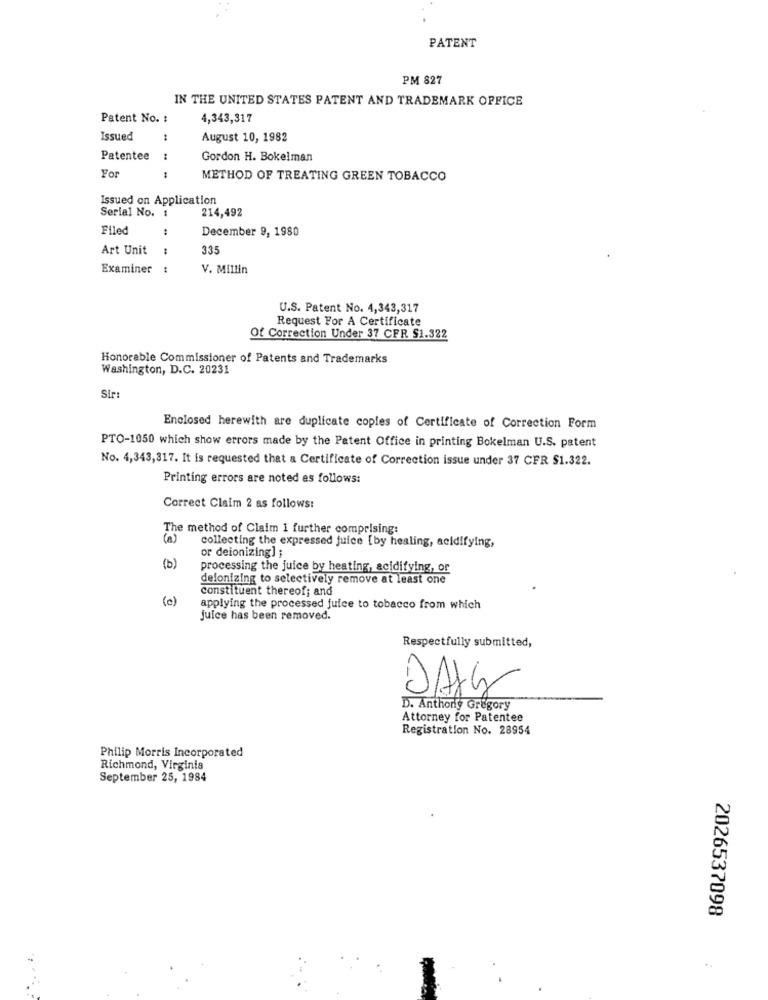
PATENT
PM 827
IN THE UNITED STATES PATENT AND TRADEMARK OFFICE
Patent No. :
4,343,317
Issued
:
August 10, 1982
Patentee
:
Gordon H. Bokeiman
For
:
METHOD OF TREATING GREEN TOBACCO
Issued on Application
214,492
Serial No.
Filed
:
December 9, 1980
Art Unit
335
Examiner :
V. Millin
U.S. Patent No. 4,343,317
Request For A Certificate
Of Correction Under 37 CFR $1.322
Honorable Commissioner of Patents and Trademarks
Washington, D.C. 20231
Str:
Enclosed herewith are duplicate copies of Certificate of Correction Form
PTO-1050 which show errors made by the Patent Office in printing Bokelman U.S. patent
No. 4,343,317. It is requested that a Certificate of Correction issue under 37 CFR $1.322.
Printing errors are noted es follows:
Correct Claim 2 as follows:
The method of Claim 1 further comprising:
(a)
collecting the expressed juice [by healing, acidifying,
or deionizing] ;
(b)
processing the juice by heating, acidifying, or
deionizing to selectively remove at least one
constituent thereof; and
(0)
applying the processed juice to tobacco from which
Juice has been removed.
Respectfully submitted,
DAYS
D. Anthony Gregory
Attorney for Patentee
Registration No. 28954
Philip Morris Incorporated
Richmond, Virginia
September 25, 1984
2026537098
..